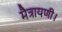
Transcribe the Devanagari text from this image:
मैत्रायणी।